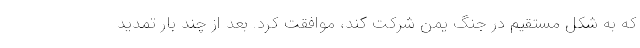
که به شکل مستقیم در جنگ یمن شرکت کند، موافقت کرد. بعد از چند بار تمدید